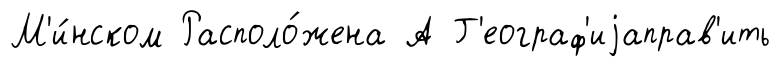
М'и́нском Располо́жена А Г'еограф'иjаправ'ить